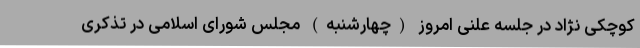
کوچکی نژاد در جلسه علنی امروز (چهارشنبه) مجلس شورای اسلامی در تذکری